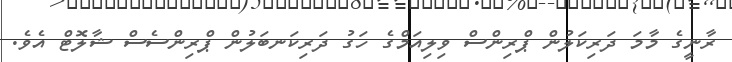
ރާނީގެ މާމަ ދަރިކަލުން ޕްރިންސް ވިލިއަމްގެ ހަގު ދަރިކަނބަލުން ޕްރިންސެސް ޝާލޮޓް އެވެ.